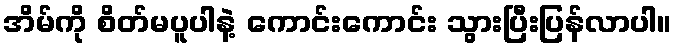
အိမ်ကို စိတ်မပူပါနဲ့ ကောင်းကောင်း သွားပြီးပြန်လာပါ။